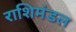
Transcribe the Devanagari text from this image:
राशिमंडल